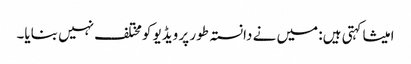
امیشا کہتی ہیں: میں نے دانستہ طور پر ویڈیو کومختلف نہیں بنایا۔